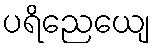
ပရိညေယျေ